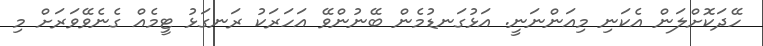
ހޭދަކޮށްލަން އެކަނި މިއަންނަނީ. އަޅުގަނޑުމެން ބޭނުންވޭ އަހަރަކު ރަނގަޅު ޓީމެއް ގެނެވޭވަރަށް މި